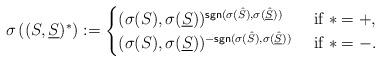
LaTeX: \begin{align*}\sigma\left((S,\underline{S})^*\right):=\begin{cases}(\sigma(S),\sigma(\underline{S}))^{\mathsf{sgn}(\sigma(\hat{S}),\sigma(\underline{\hat{S}}))} & \mbox{ if } * = +,\\(\sigma(S),\sigma(\underline{S}))^{-\mathsf{sgn}(\sigma(\hat{S}),\sigma(\underline{\hat{S}}))} & \mbox{ if } * = -.\end{cases}\end{align*}